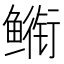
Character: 𮬣